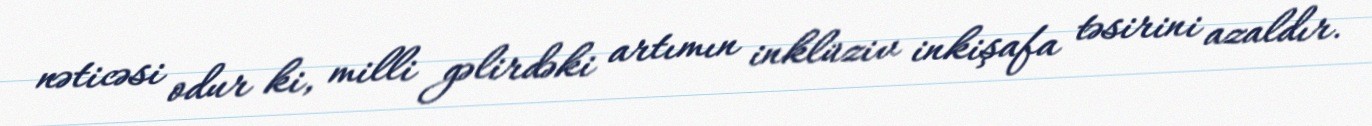
nəticəsi odur ki, milli gəlirdəki artımın inklüziv inkişafa təsirini azaldır.